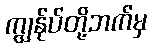
ကျွန်ုပ်တို့ဘက်မှ